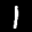
Label: 1